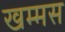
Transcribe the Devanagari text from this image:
खम्मस